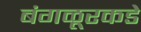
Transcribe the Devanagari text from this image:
बंगळूरकडे